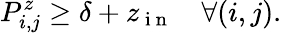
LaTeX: P_{i,j}^{z}\ge\delta+z_{\mathrm{~i~n~}}\quad\forall(i,j).